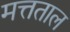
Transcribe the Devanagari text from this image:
मत्तताल